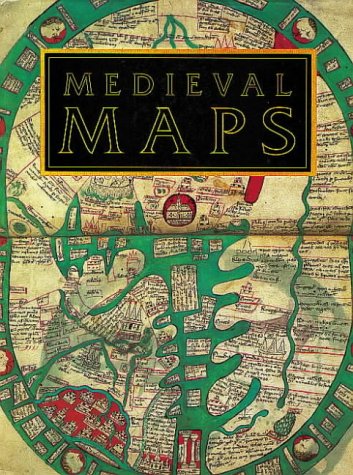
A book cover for Medieval Maps; P. D. A. Harvey; History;